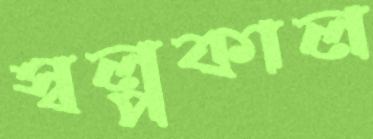
স্বল্পকাল